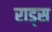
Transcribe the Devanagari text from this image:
राड्स